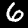
Digit: 6